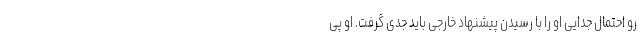
رو احتمال جدایی او را با رسیدن پیشنهاد خارجی باید جدی گرفت. او پی